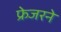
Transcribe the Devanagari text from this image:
फ्रेजरने